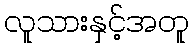
လူသားနှင့်အတူ